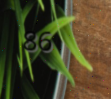
86